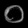
Digit: ၀